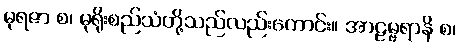
မုရဇာ စ၊ မုရိုးစည်သံတို့သည်လည်းကောင်း။ အာဠမ္ဗရာနိ စ၊